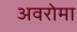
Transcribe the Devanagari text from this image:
अवरोमा